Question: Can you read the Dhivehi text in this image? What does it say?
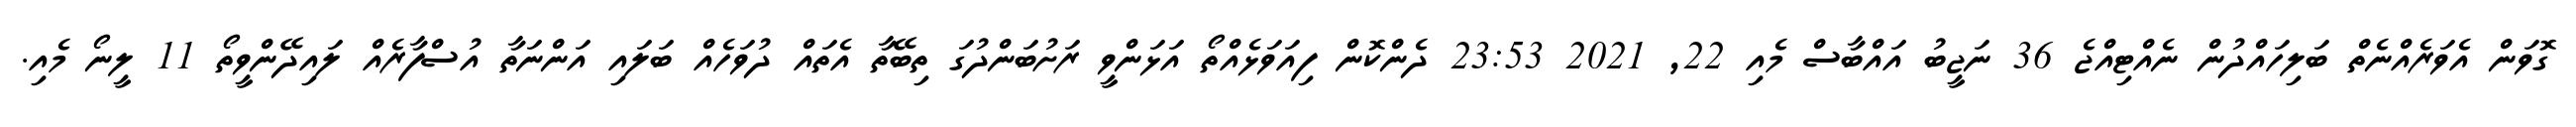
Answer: ގޮވަން އެވަރެއްނެތް ބަލިހައްދުން ނެއްޓިއްޖެ 36 ނަޖީބު އައްބާސް މެއި 22, 2021 23:53 ދެންކޮން ފިއަވަޅެއްތޯ އަޅަންވީ ރަށުބަންދުގަ ތިބޭތާ އެތައް ދުވަހެއް ބަލައި އަންނަތާ އުސްފާރެއް ލައިދޭންވީތޯ 11 ލީނޯ މެއި.